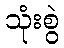
သုံးစွဲ